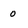
Character: 0